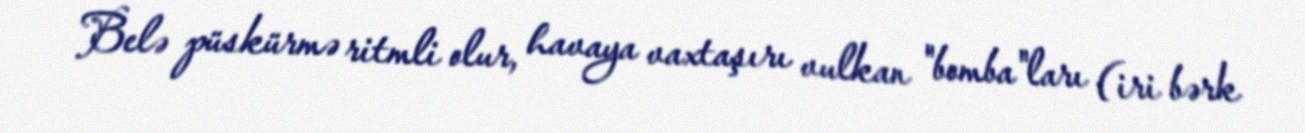
Belə püskürmə ritmli olur, havaya vaxtaşırı vulkan "bomba"ları (iri bərk